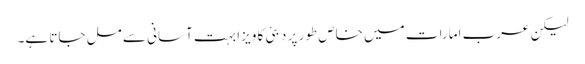
لیکن عرب امارات میں خاص طور پر دبئی کا ویزا بہت آسانی سے مل جاتا ہے۔